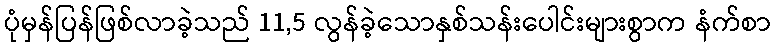
ပုံမှန်ပြန်ဖြစ်လာခဲ့သည် 11,5 လွန်ခဲ့သောနှစ်သန်းပေါင်းများစွာက နံက်စာ